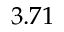
3 . 7 1